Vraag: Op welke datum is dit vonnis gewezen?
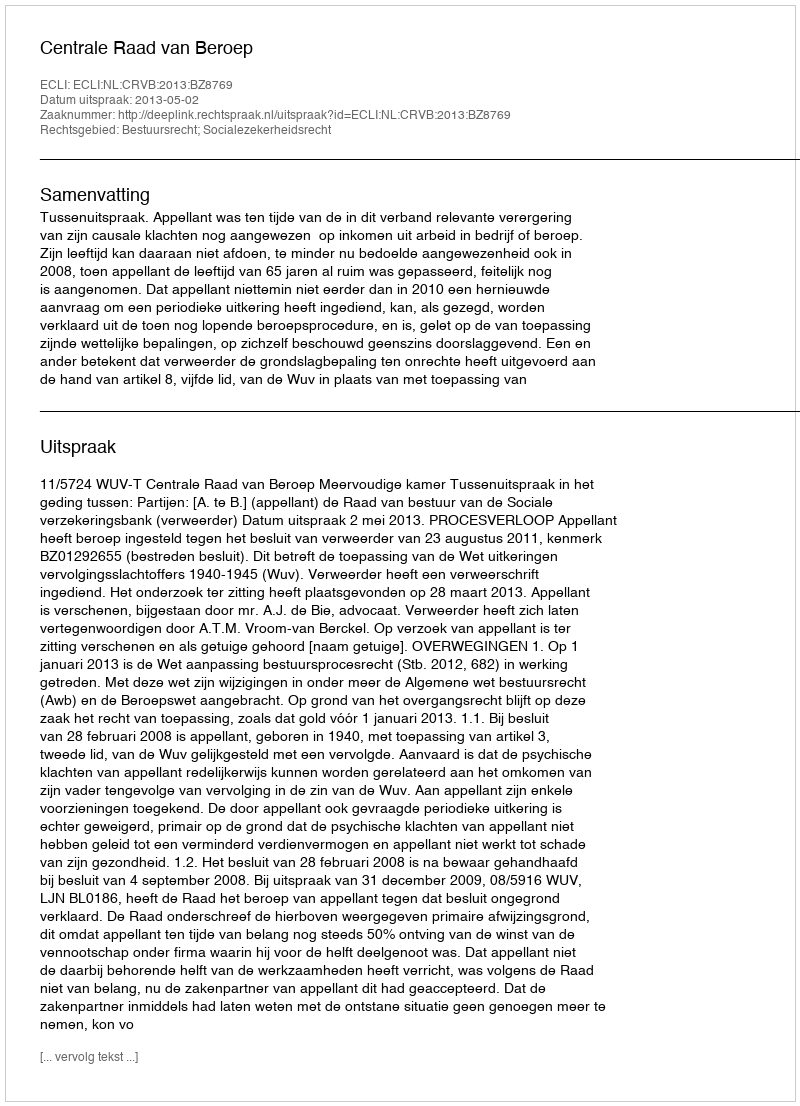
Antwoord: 2013-05-02